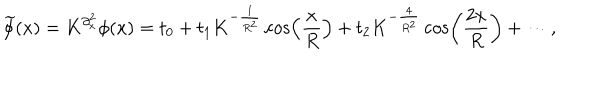
\widetilde \phi ( x ) = K ^ { \partial _ { x } ^ { 2 } } \phi ( x ) = t _ { 0 } + t _ { 1 } K ^ { - \frac { 1 } { { R ^ { 2 } } } } \cos \left( { \frac { x } { R } } \right) + t _ { 2 } K ^ { - \frac { 4 } { { R ^ { 2 } } } } \cos \left( { \frac { { 2 x } } { R } } \right) + \cdots ,